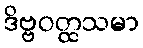
ဒိဗ္ဗဝတ္ထသမာ